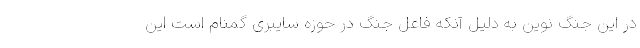
در این جنگ نوین به دلیل آنکه فاعل جنگ در حوزه سایبری گمنام است این